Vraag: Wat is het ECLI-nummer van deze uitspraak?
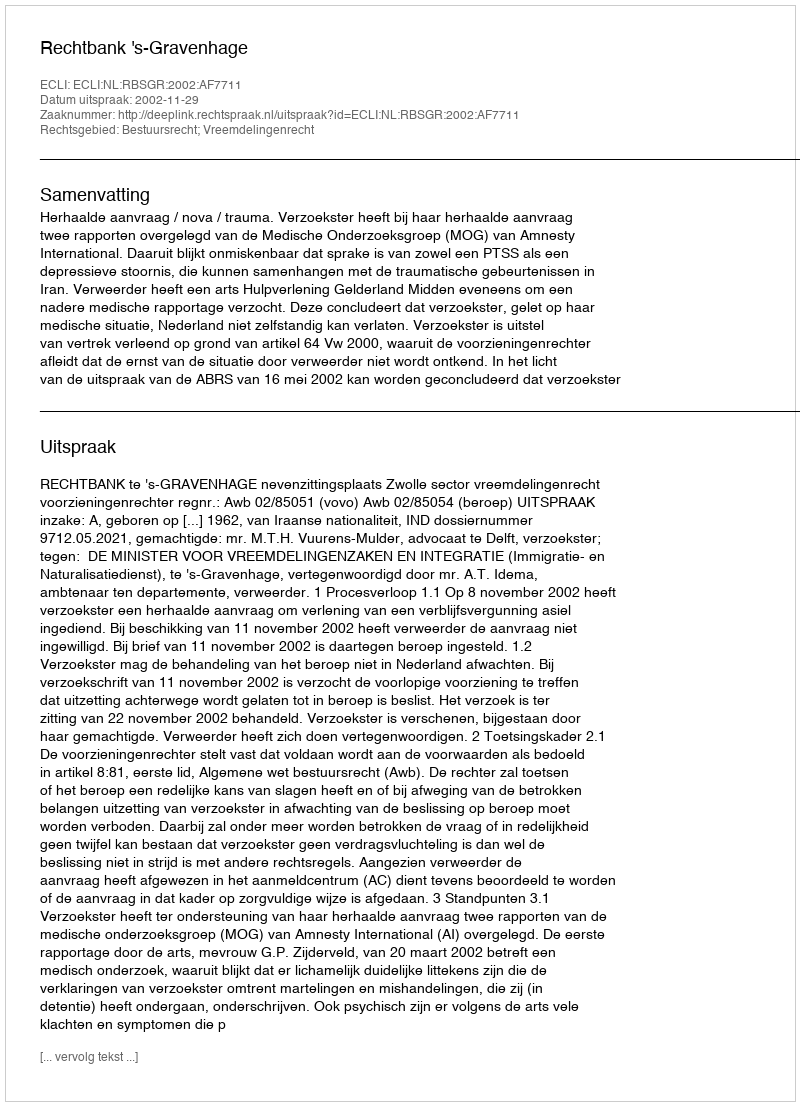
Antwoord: ECLI:NL:RBSGR:2002:AF7711